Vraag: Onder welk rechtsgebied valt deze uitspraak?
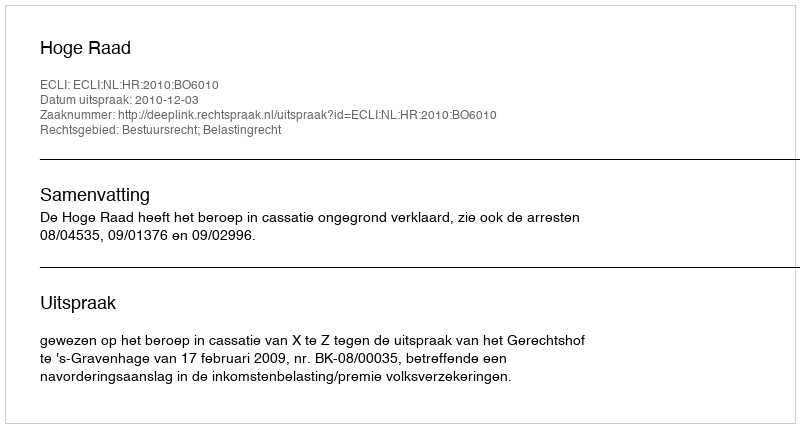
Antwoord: Bestuursrecht; Belastingrecht